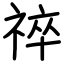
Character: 祽